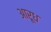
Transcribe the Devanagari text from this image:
आरूध